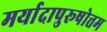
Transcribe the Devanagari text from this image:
मर्यादापुरूषोत्तम